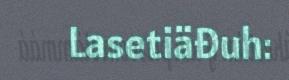
Lasetiäđuh: